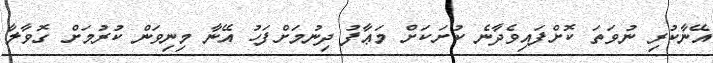
އޭނާކުރި ނުވަތަ ކޮށްފައިވެދާނެ ކުށަކަށް މަޢާފު ދިނުމަށްފަހު އޭނާ މިނިވަން ކުރުމަށް ގޮވާލާ